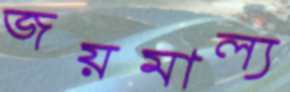
জয়মাল্য